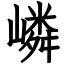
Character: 嶙